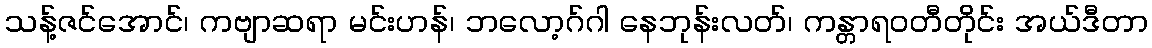
သန့်ဇင်အောင်၊ ကဗျာဆရာ မင်းဟန်၊ ဘလော့ဂ်ဂါ နေဘုန်းလတ်၊ ကန္တာရဝတီတိုင်း အယ်ဒီတာ